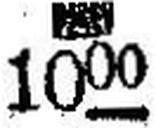
1000